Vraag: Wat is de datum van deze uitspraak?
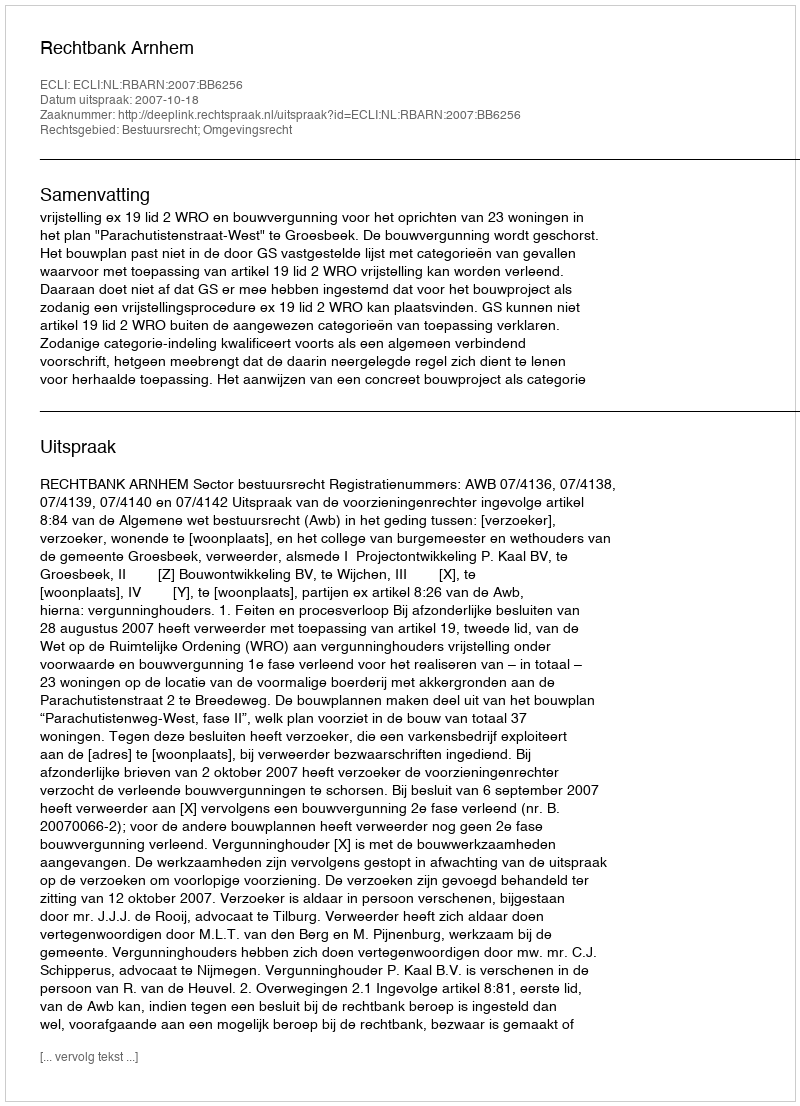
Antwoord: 2007-10-18